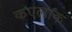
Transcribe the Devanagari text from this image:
कएलाक